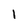
Character: i